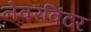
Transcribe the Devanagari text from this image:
नेवरविंटर